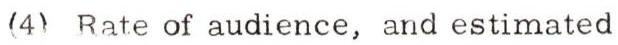
(4) Rate of audience, and estimated